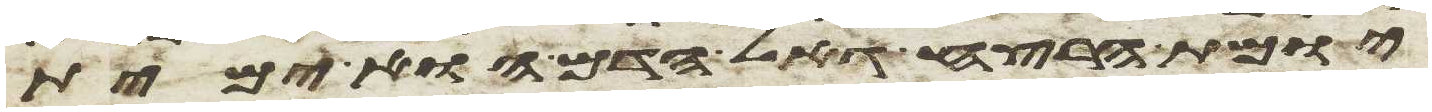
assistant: יומת הרצח גאל הדם הוא ימית